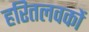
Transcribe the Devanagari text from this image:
हरितलवकों